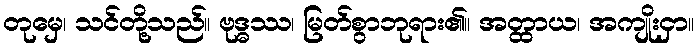
တုမှေ၊ သင်တို့သည်။ ဗုဒ္ဓဿ၊ မြတ်စွာဘုရား၏။ အတ္ထာယ၊ အကျိုးငှာ။